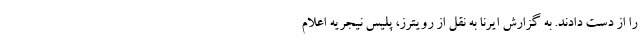
را از دست دادند. به گزارش ایرنا به نقل از رویترز، پلیس نیجریه اعلام